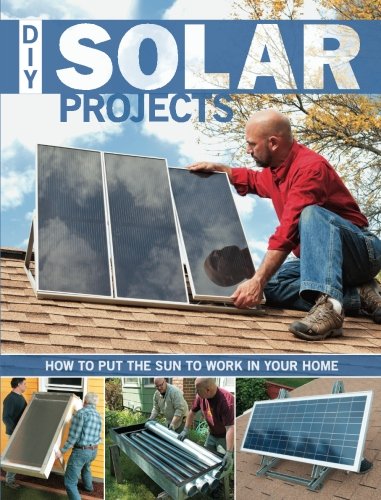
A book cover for DIY Solar Projects; Eric Smith; Engineering & Transportation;